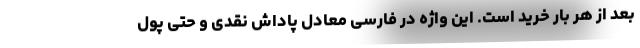
بعد از هر بار خرید است. این واژه در فارسی معادل پاداش نقدی و حتی پول